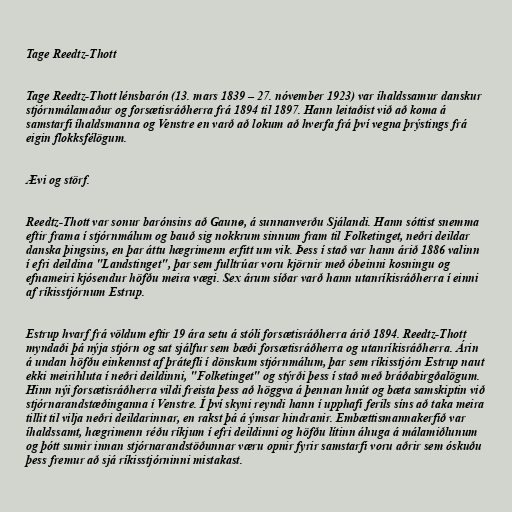
Tage Reedtz-Thott

Tage Reedtz-Thott lénsbarón (13. mars 1839 – 27. nóvember 1923) var íhaldssamur danskur
stjórnmálamaður og forsætisráðherra frá 1894 til 1897. Hann leitaðist við að koma á
samstarfi íhaldsmanna og Venstre en varð að lokum að hverfa frá því vegna þrýstings frá
eigin flokksfélögum.

Ævi og störf.

Reedtz-Thott var sonur barónsins að Gaunø, á sunnanverðu Sjálandi. Hann sóttist snemma
eftir frama í stjórnmálum og bauð sig nokkrum sinnum fram til Folketinget, neðri deildar
danska þingsins, en þar áttu hægrimenn erfitt um vik. Þess í stað var hann árið 1886 valinn
í efri deildina "Landstinget", þar sem fulltrúar voru kjörnir með óbeinni kosningu og
efnameiri kjósendur höfðu meira vægi. Sex árum síðar varð hann utanríkisráðherra í einni
af ríkisstjórnum Estrup.

Estrup hvarf frá völdum eftir 19 ára setu á stóli forsætisráðherra árið 1894. Reedtz-Thott
myndaði þá nýja stjórn og sat sjálfur sem bæði forsætisráðherra og utanríkisráðherra. Árin
á undan höfðu einkennst af þrátefli í dönskum stjórnmálum, þar sem ríkisstjórn Estrup naut
ekki meirihluta í neðri deildinni, "Folketinget" og stýrði þess í stað með bráðabirgðalögum.
Hinn nýi forsætisráðherra vildi freista þess að höggva á þennan hnút og bæta samskiptin við
stjórnarandstæðinganna í Venstre. Í því skyni reyndi hann í upphafi ferils síns að taka meira
tillit til vilja neðri deildarinnar, en rakst þá á ýmsar hindranir. Embættismannakerfið var
íhaldssamt, hægrimenn réðu ríkjum í efri deildinni og höfðu lítinn áhuga á málamiðlunum
og þótt sumir innan stjórnarandstöðunnar væru opnir fyrir samstarfi voru aðrir sem óskuðu
þess fremur að sjá ríkisstjórninni mistakast.